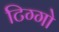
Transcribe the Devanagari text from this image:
टिग्गो